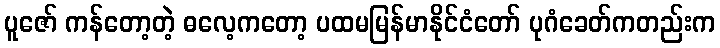
ပူဇော် ကန်တော့တဲ့ ဓလေ့ကတော့ ပထမမြန်မာနိုင်ငံတော် ပုဂံခေတ်ကတည်းက